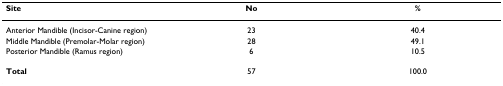
| Site | No | % |
 | --- | --- | --- |
 | Anterior Mandible (Incisor-Canine region) | 23 | 40.4 |
 | Middle Mandible (Premolar-Molar region) | 28 | 49.1 |
 | Posterior Mandible (Ramus region) | 6 | 10.5 |
 | Total | 57 | 100.0 |